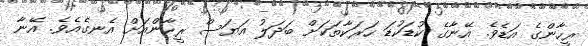
ރީހާންގެ އަޑެވެ. އޭނާގެ ކުޑަކުޑަ ހަރަކާތަކަށް ބަދަލު އަޔަސް ރީހާންއަށް އެނގެއެވެ. އޭނާ